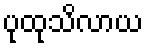
ပုထုသိလာယ